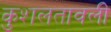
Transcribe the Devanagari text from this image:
कुशलतावली